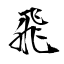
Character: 飛